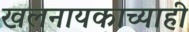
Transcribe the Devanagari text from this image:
खलनायकाच्याही